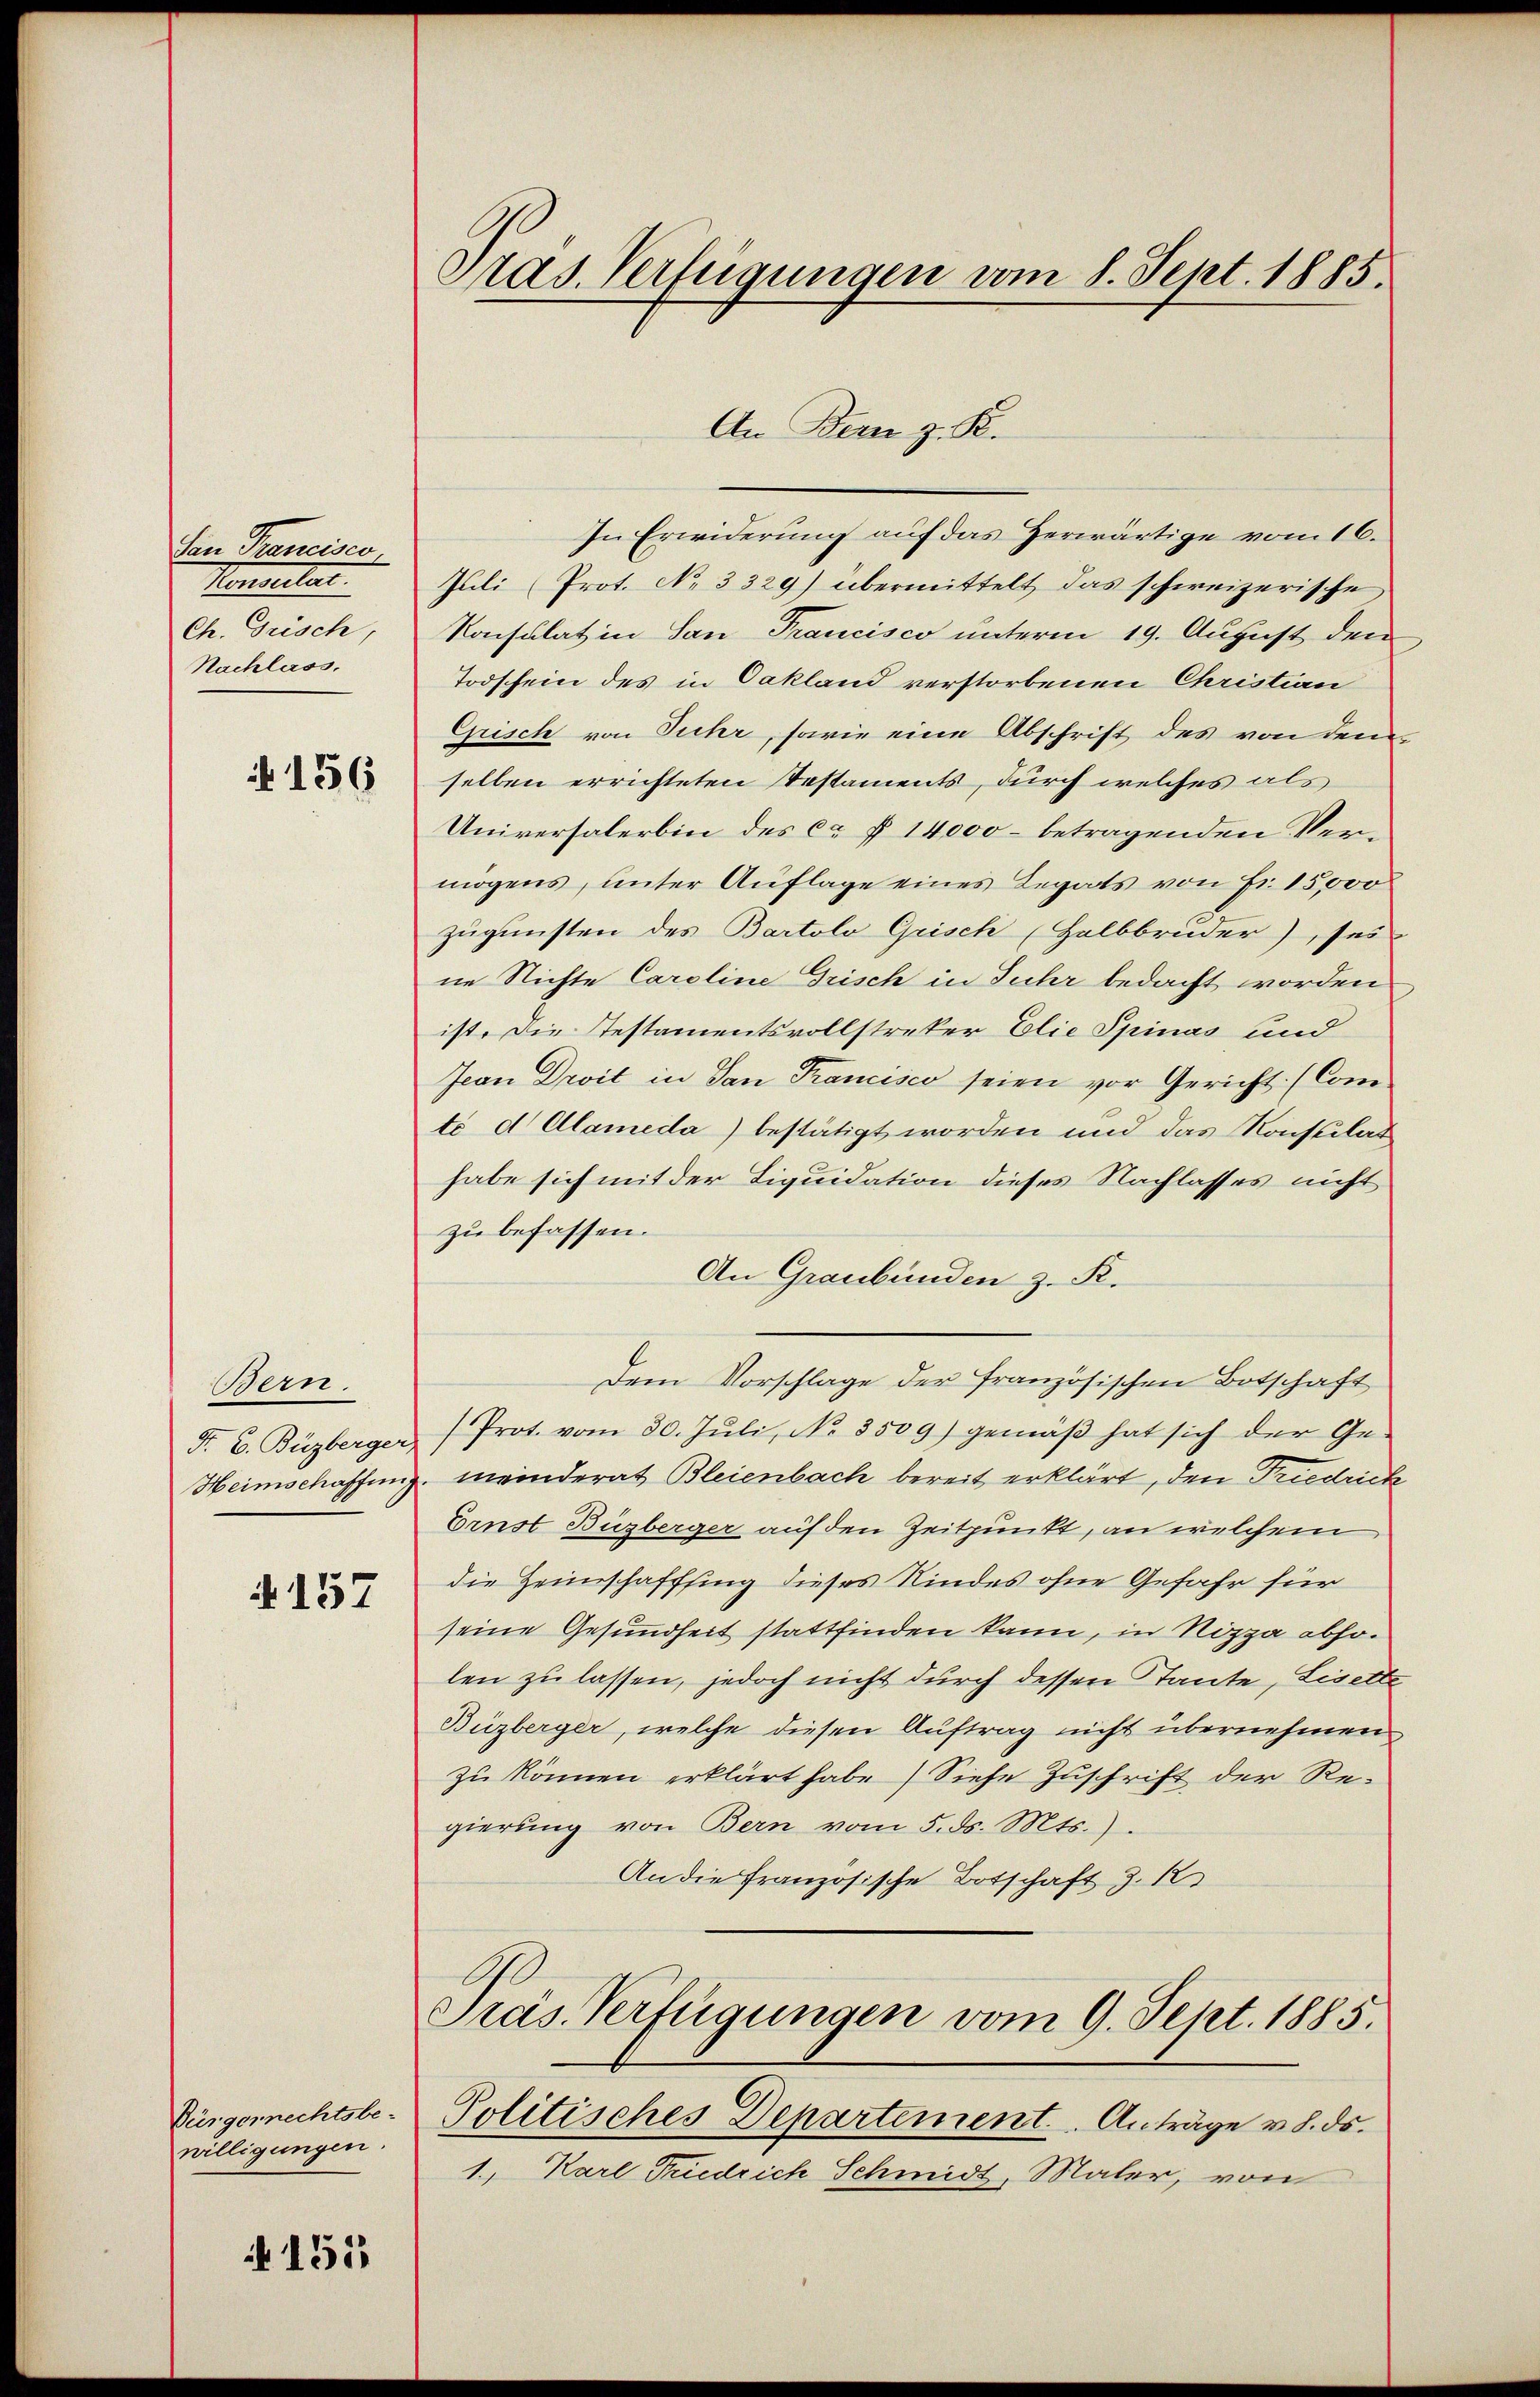
San Trancisco,
Montalitar
Ch. Grisch,
Nachlass.

N 156

Bern.
F. C. Buzberger,

A 157

Bürgernechtsbewilligungen:

N 155

Pras. Verfügungen vom 8. Sept. 1885.

In Erwiderung auf das Herwärtige vom 16.
Juli Prot. No. 3329) übermittelt das schweizerische
Konsulat in San Francisco unterm 19. August den
Todschein des in Oakland verstorbenen Christian
Grisch von Fuhr, sowie eine Abschrift des von dem
selben errichteten Testaments, durch welches als
Universalerbin des ca § 14000 – betragenden Vermögens, unter Auflage eines Legats von Fr. 15,000
zugunsten des Bartolo Grisch (Halbbruder), sei.
ne Nichte Caroline Grisch in Juhr bedacht worden
ist. Die Testamentsvollstreker Elie Spinas und
Ican Droit in San Francisco seien vor Gericht. (Com-
to d Alameda) bestätigt worden und das Konstilat
habe sich mit der Liquidation dieses Nachlasses nicht
zu befassen.
An Graubünden z. K.
Dem Vorschlage der französischen Botschaft
(Prot. vom 30. Jŭli, No. 3509) gemäβ hat sich der Ge-
Heimschaffung, meinderat Bleienbach bereit erklärt, den Friedrick
Ernst Büzberger auf den Zeitpunkt, an welchem
die Heimschaffsing dieses Kindes ohne Gefahr für
seine Gesundheit stattfinden kann, in Rozza absolen zu lassen, jedoch nicht durch dessen Tante, Liselte
Buzberger, welche diesen Auftrag nicht übernehmen
zu können erklärt habe) Siehe Zuschrift der Regierung von Bern vom 5. ds. Mts.).
An die französische Botschaft z. R.
Pras Verfügungen vom 9. Sept. 1885.
Politisches Departement. Anträge v. 8. ds.
1. Karl Friedrich Schmidt, Maler, von

An Bern z. K.